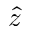
\hat { z }